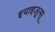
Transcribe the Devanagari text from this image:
इयाइजूत्सू